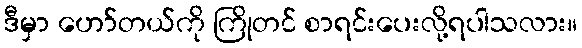
ဒီမှာ ဟော်တယ်ကို ကြိုတင် စာရင်းပေးလို့ရပါသလား။